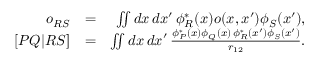
\begin{array} { r l r } { o _ { R S } } & { = } & { \iint d x \, d x ^ { \prime } \, \phi _ { R } ^ { * } ( x ) o ( x , x ^ { \prime } ) \phi _ { S } ( x ^ { \prime } ) , } \\ { \left[ P Q | R S \right] } & { = } & { \iint d x \, d x ^ { \prime } \, \frac { \phi _ { P } ^ { * } ( x ) \phi _ { Q } ( x ) \, \phi _ { R } ^ { * } ( x ^ { \prime } ) \phi _ { S } ( x ^ { \prime } ) } { r _ { 1 2 } } . } \end{array}